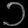
Digit: ၁